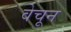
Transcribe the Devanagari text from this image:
वेचून